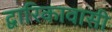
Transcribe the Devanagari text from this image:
द्वारिकावासी